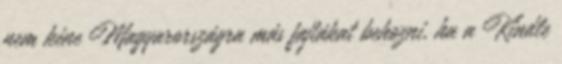
nem kéne Magyarországra más fajtákat behozni, ha a Kindle